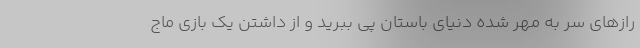
رازهای سر به مهر شده دنیای باستان پی ببرید و از داشتن یک بازی ماج